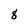
Character: 8